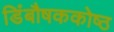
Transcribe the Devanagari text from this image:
डिंबौषककोष्ठ